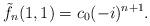
LaTeX: \begin{align*} \tilde{f}_{n}(1, 1) = c_0(-i)^ {n+1}.\end{align*}